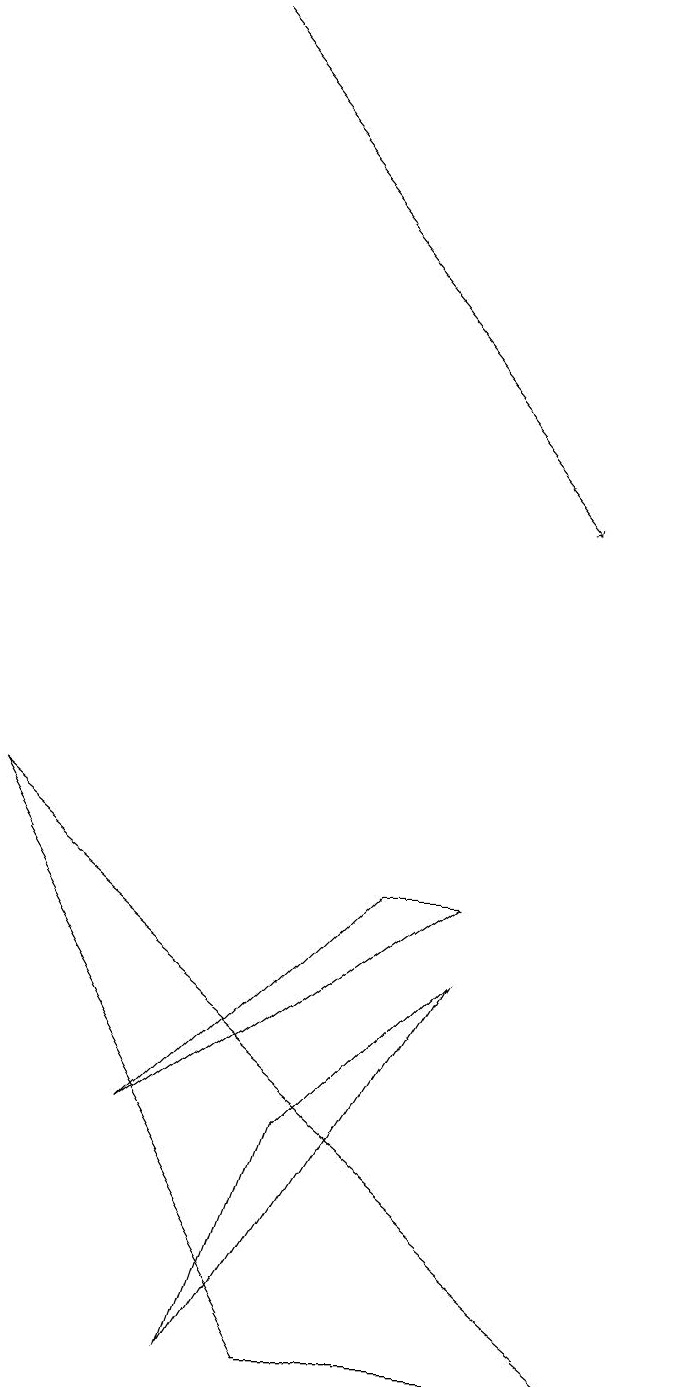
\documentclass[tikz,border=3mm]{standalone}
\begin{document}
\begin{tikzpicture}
\draw[->] (3,19) -- (8,13);
\draw (4,2) -- (7,7) -- (5,5) -- cycle;
\draw (6,8) -- (3,5) -- (7,8) -- cycle;
\draw (1,9) -- (9,2) -- (5,2) -- cycle;
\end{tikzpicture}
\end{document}